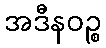
အဒီနဝဉ္စ